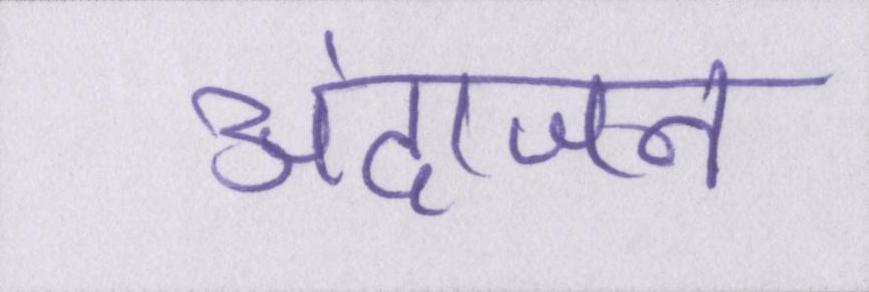
अंदाजन